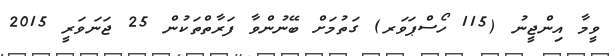
ވީމާ އިންޖީނު (115 ހޯސްޕަވަރ) ގަތުމަށް ބޭނުންވާ ފަރާތްތަކުން 25 ޖަނަވަރީ 2015